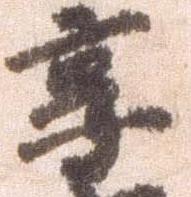
享